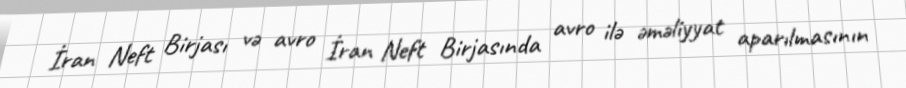
İran Neft Birjası və avro İran Neft Birjasında avro ilə əməliyyat aparılmasının